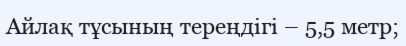
Айлақ тұсының тереңдігі – 5,5 метр;